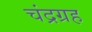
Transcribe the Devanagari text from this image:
चंद्रग्रह